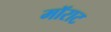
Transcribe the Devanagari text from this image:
मॉराट